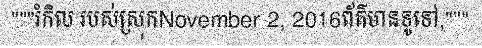
"""រំកិល របស់ស្រុកNovember 2, 2016ព័ត៌មានទូទៅ,"""